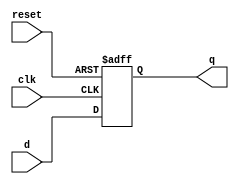
//This is a Johnson counter
//0, 1, 3, 7, F, E, C, 8, 0, repeat
module dff(q,d,clk,reset);  //// D flip flop module
output q;
input d,clk,reset;
reg q;

always@(posedge clk or posedge reset)
begin
	if (reset==1) q=0;
	else q <= d;
end
endmodule

//// no error in module ddf


module counter(q,reset,clk);
output [3:0]q;
input clk,reset;
wire w;

//// removed 'Initial' statement as this comes under
//// procedural assignment
//// if not removed, gives error of malformed statement

not n1(w,q[3]);
dff f1(q[0],w,clk,reset);
dff f2(q[1],q[0],clk,reset);
dff f3(q[2],q[1],clk,reset);
dff f4(q[3],q[2],clk,reset);

endmodule

`timescale 10ns/1ps
module tb_johnson;
    // Inputs
    reg clock;
    reg r;
    // Outputs
    wire [3:0]Count_out;
    //// change wire Count_out --> [3:0]Count_out
    //// ( should be a vector of size 4 bit )

//in this following notation you have to pass the signals in the same order
//as in the original module
counter uut (Count_out,clock,r);

//alternately, the following notation means that clk in the module connects to clock in the testbench.
//reset connects to r, and q to Count_out.
//In this notation, you can pass signals in any order, as you are explicitly mentioning
//the signal connections

//  counter uut ( .clk(clock),  .reset(r),.q(Count_out) );

initial
begin
$dumpfile ("counter.vcd");
$dumpvars(0,tb_johnson);  //// counter_test --> tb_johnson
clock = 0;  
r=1;
#50 r=0;  ////reset=1 never shows up on the waveform -- why?
//// in $dumpvars name of testbench module is used
end

always
#1 clock = ~clock;

//initial #300 $finish;

endmodule